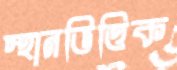
স্থানভিত্তিক